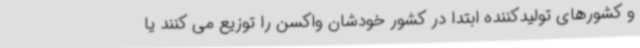
و کشورهای تولیدکننده ابتدا در کشور خودشان واکسن را توزیع می کنند یا